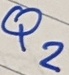
Text: Q2